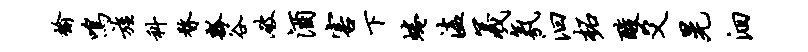
榆鸣旌科瞀瓢谷破酒害下蜷溘羲氛汩柘酸爻晃洄